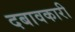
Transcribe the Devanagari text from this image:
दबावकारी